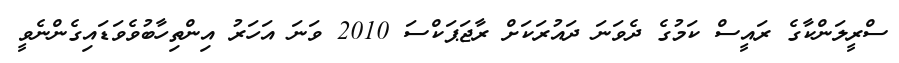
ސްރީލަންކާގެ ރައީސް ކަމުގެ ދެވަނަ ދައުރަކަށް ރާޖަަޕަކްސަ 2010 ވަނަ އަހަރު އިންތިހާބުވެވަޑައިގެންނެވީ